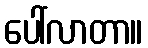
ပေါ်လာတာ။